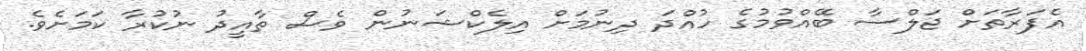
އެފަރާތަށް ޖަލްސާ ބޭއްވުމުގެ ހުއްދަ ދިނުމަށް އިލެކްޝަނުން ވެސް ތާއީދު ނުކުރާ ކަމަށެވެ.